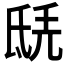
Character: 𣱎